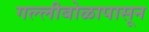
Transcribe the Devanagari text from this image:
गल्लीबोळापासून